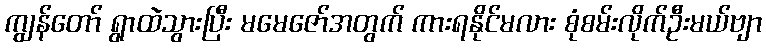
ကျွန်တော် ရွာထဲသွားပြီး မမေဇော်အတွက် ကားရနိုင်မလား စုံစမ်းလိုက်ဦးမယ်ဗျာ